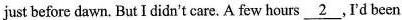
just before dawn. But I didn't care. A few hours \underline{2}. I'd been